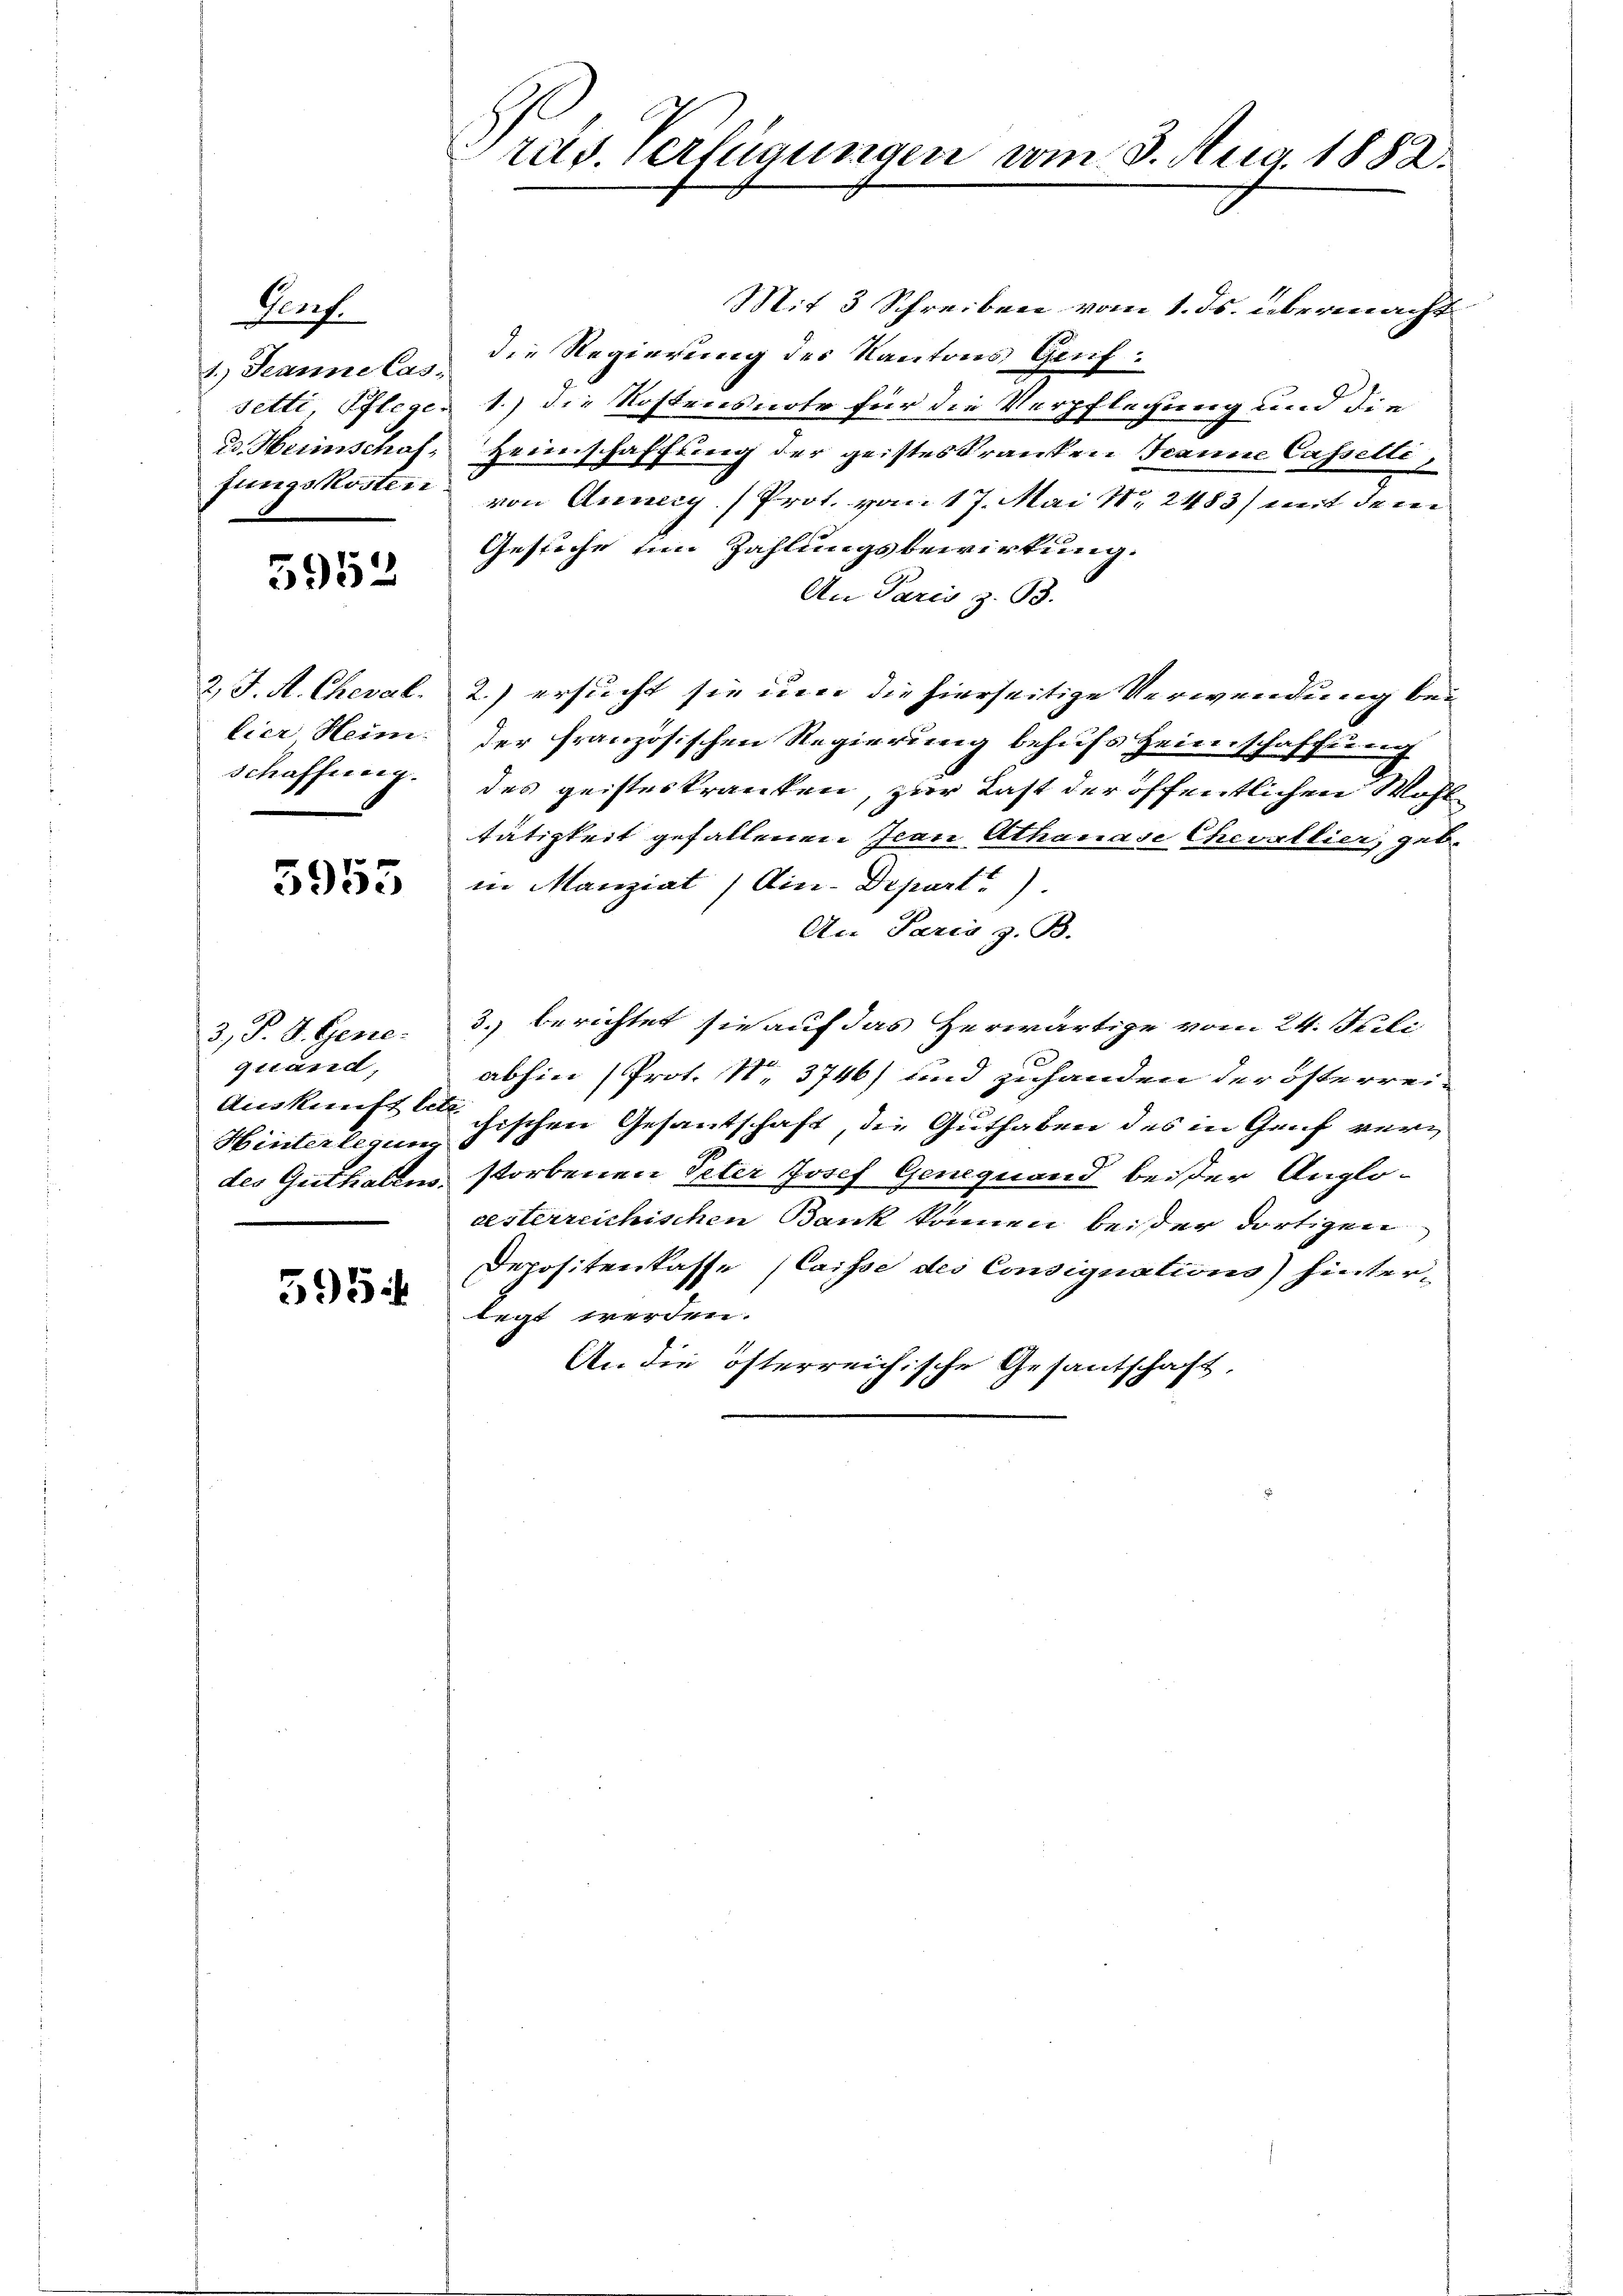
Porf.
1.) Jeanne Casd. Heinschaf
fungskosten

5952

2 J. A. Cheval.
lier Heim:
schaffung.

5955

3, P. S. Gene
giland,
Hinterlegung

595.

Präs. Verfügungen vom 8. Aug. 1882.

Mit 3 Schreiben vom 1. ds. übermacht
die Regierung des Kantons Genf.
setti, Pfleger 1.) die Kostensnote für die Verpflegung und die
Heimschaffung der geisteskranken Jeanne Casselli,
von Annery (Prot. vom 17. Mai 18. 2483) mit dem
Gesuche um Zahlungsbewirkung.
An Paris z. 93.
2.) ersucht sie um die hierseitige Verwendung bei
der französischen Regierung behufs Heimschaffung
des geisteskranken, zur Last der öffentlichen Wohl
tätigkeit gefallenen Jean Athanase Chevallier, geb.
in Manziat /Ain-Departe).
An Paris z. B.
3. berichtet sie auf das Herwärtige vom 24. Stili
abhin (Prot. No. 3746) und zuhanden der österrei¬
Auskunft chischen Gesantschaft, die Guthaben des in Gruf verdes Guthalens storbenen Peter Josef Genequand beider Anglodesterreichischen Bank können beider dortigen
Depositenkasse (Caisse des Consignations) hinter-
legt werden.
An die österreichische Gesantschaft,

7